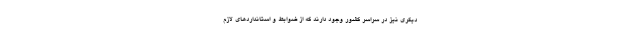
دیگری نیز در سراسر کشور وجود دارند که از ضوابط و استانداردهای لازم